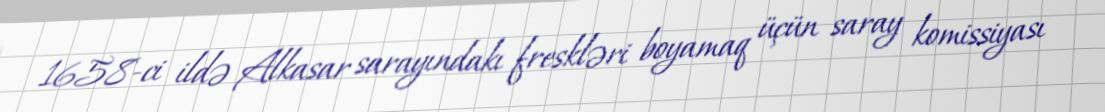
1658-ci ildə Alkasar sarayındakı freskləri boyamaq üçün saray komissiyası